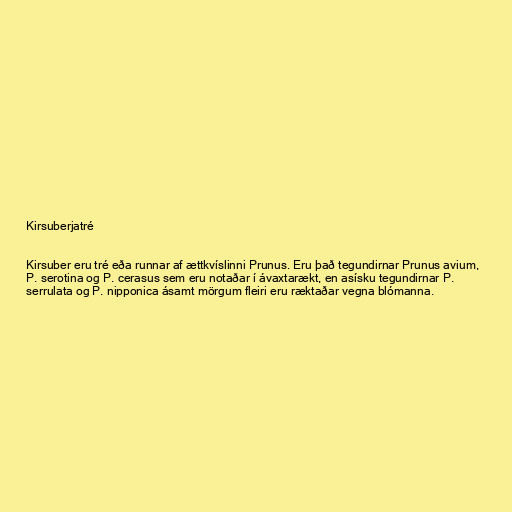
Kirsuberjatré

Kirsuber eru tré eða runnar af ættkvíslinni Prunus. Eru það tegundirnar Prunus avium,
P. serotina og P. cerasus sem eru notaðar í ávaxtarækt, en asísku tegundirnar P.
serrulata og P. nipponica ásamt mörgum fleiri eru ræktaðar vegna blómanna.